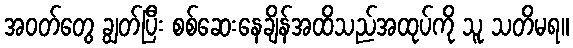
အဝတ်တွေ ချွတ်ပြီး စစ်ဆေးနေချိန်အထိသည်အထုပ်ကို သူ သတိမရ။